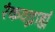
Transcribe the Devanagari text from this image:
रंकवद्ग्राह्यं